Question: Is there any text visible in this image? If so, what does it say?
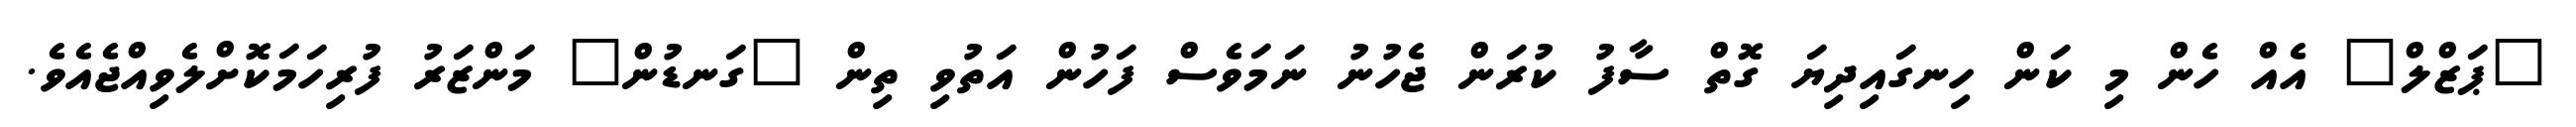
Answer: "ޕަޒްލް" އެއް ހެން މި ކަން ހިނގައިދިޔަ ގޮތް ސާފު ކުރަން ޖެހުނު ނަމަވެސް ފަހުން އަތުވި ތިން "ގަނޑުން" މަންޒަރު ފުރިހަމަކޮށްލެވިއްޖެއެވެ.